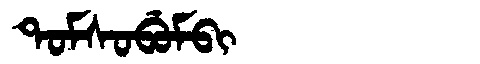
Manchu: ᡨᠣᠮᠰᠣᠪᡠᠮᠪᡳ
Romanization: TOMSOBUMBI